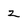
Character: 2